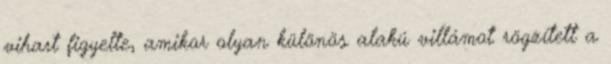
vihart figyelte, amikor olyan különös alakú villámot rögzített a